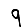
Digit: 9